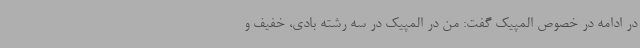
در ادامه در خصوص المپیک گفت: من در المپیک در سه رشته بادی، خفیف و